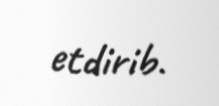
etdirib.